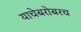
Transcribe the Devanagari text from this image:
याचेबरोबरच